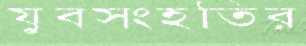
যুবসংহতির